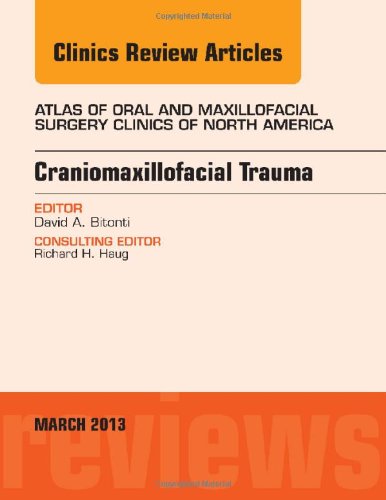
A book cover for Craniomaxillofacial Trauma, An Issue of Atlas of the Oral and Maxillofacial Surgery Clinics, 1e (The Clinics: Dentistry); David A Bitonti DMD; Medical Books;